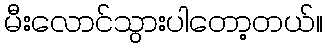
မီးလောင်သွားပါတော့တယ်။